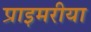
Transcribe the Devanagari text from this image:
प्राइमरीया